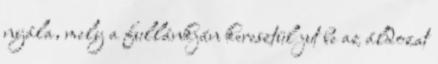
nyála, mely a fullánkján keresztül jut be az áldozat